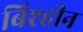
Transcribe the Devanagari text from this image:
बिश्हीन